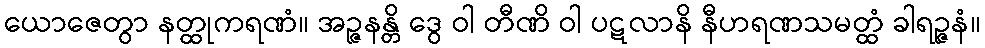
ယောဇေတွာ နတ္ထုကရဏံ။ အဉ္ဇနန္တိ ဒွေ ဝါ တီဏိ ဝါ ပဋလာနိ နီဟရဏသမတ္ထံ ခါရဉ္ဇနံ။